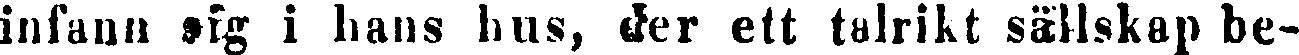
infann sig i hans hus, der ett talrikt sällskap be-